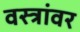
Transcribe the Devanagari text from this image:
वस्त्रांवर